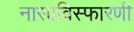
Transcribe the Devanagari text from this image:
नासाविस्फारणी